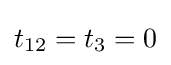
t_{12}=t_{3}=0